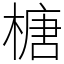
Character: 榶